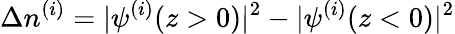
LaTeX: \Delta n^{(i)}=|\psi^{(i)}(z>0)|^{2}-|\psi^{(i)}(z<0)|^{2}